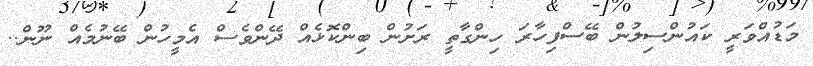
މަޑުއްވަރީ ކައުންސިލުން ބޭސްފިހާރަ ހިންގާތީ ރަށުން ބިންކޮޅެއް ދޭންވެސް އެމީހުން ބޭނުމެއް ނޫން..